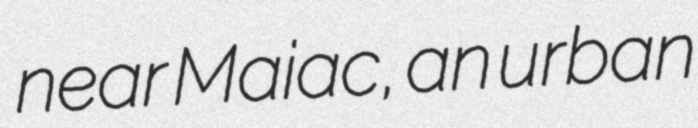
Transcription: near Maiac, an urban